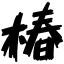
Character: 椿